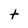
Character: t